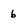
Character: 6